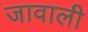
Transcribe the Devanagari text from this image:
जावाली